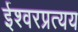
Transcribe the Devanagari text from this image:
ईश्वरप्रत्यय